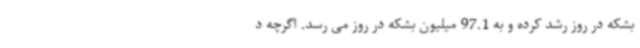
بشکه در روز رشد کرده و به 97.1 میلیون بشکه در روز می رسد. اگرچه د